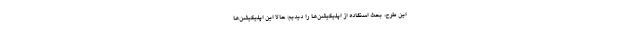
این طرح، بحث استفاده از اپلیکیشن‌ها را دیدیم؛ حالا این اپلیکیشن‌ها